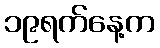
၁၉ရက်နေ့က